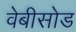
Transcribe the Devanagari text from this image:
वेबीसोड